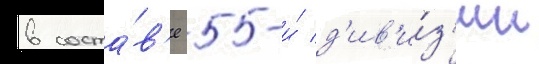
в соста́в'е 5-и́ д'ив'и́з'ии